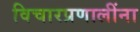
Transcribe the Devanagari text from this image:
विचारप्रणालींना